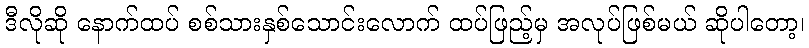
ဒီလိုဆို နောက်ထပ် စစ်သားနှစ်သောင်းလောက် ထပ်ဖြည့်မှ အလုပ်ဖြစ်မယ် ဆိုပါတော့၊